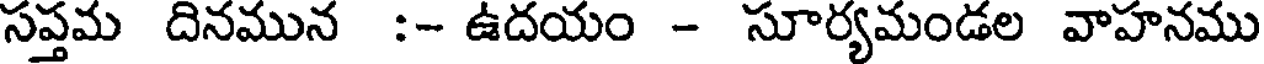
సప్తమ దినమున :- ఉదయం - సూర్యమండల వాహనము